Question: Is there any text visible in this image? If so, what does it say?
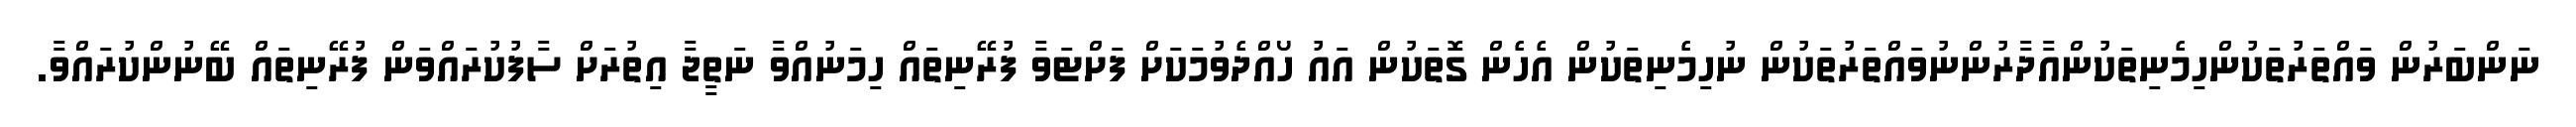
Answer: ނަންބަރުން ވައްތަރުތަކުންހިމެނިތަކުންއާދާރުންނުވައްތަރުތަކުން ނުހިމެނިތަކުން އެހެން ގޮތަކުން އައު ހޯއްދެވުމަކަށް ފަށްޓަވާ ފުރޭނިތައް ހިމަނުއްވާ ނަތީޖާ އިތުރަށް ސާފުކުރައްވަން ފުރޭނިތައް ބޭނުންކުރައްވާ.